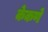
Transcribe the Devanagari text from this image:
केकणे